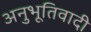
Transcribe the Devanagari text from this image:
अनुभूतिवादी